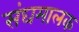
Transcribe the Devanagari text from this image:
संघमालक